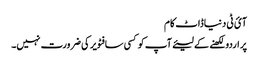
آئ ٹی دنیاڈاٹ کام
پر اردو لکھنے کے لیئےآپ کو کسی سافٹویر کی ضرورت نہیں۔